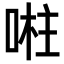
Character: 𭈴